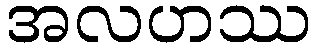
အလဟဿ